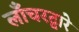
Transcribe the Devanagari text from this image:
लाँचरद्वारे